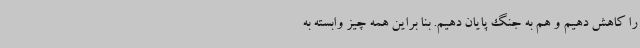
را کاهش دهیم و هم به جنگ پایان دهیم. بنا براین همه چیز وابسته به